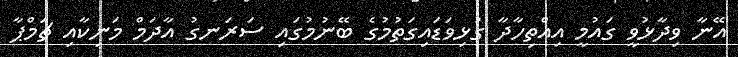
އޭނާ ވިދާޅުވީ ގައުމީ އިއްތިހާދާ ގުޅިވަޑައިގަތުމުގެ ބޭނުމުގައި ސަރަނގު އާދަމް މަނިކާއި ޗަމްޕާ